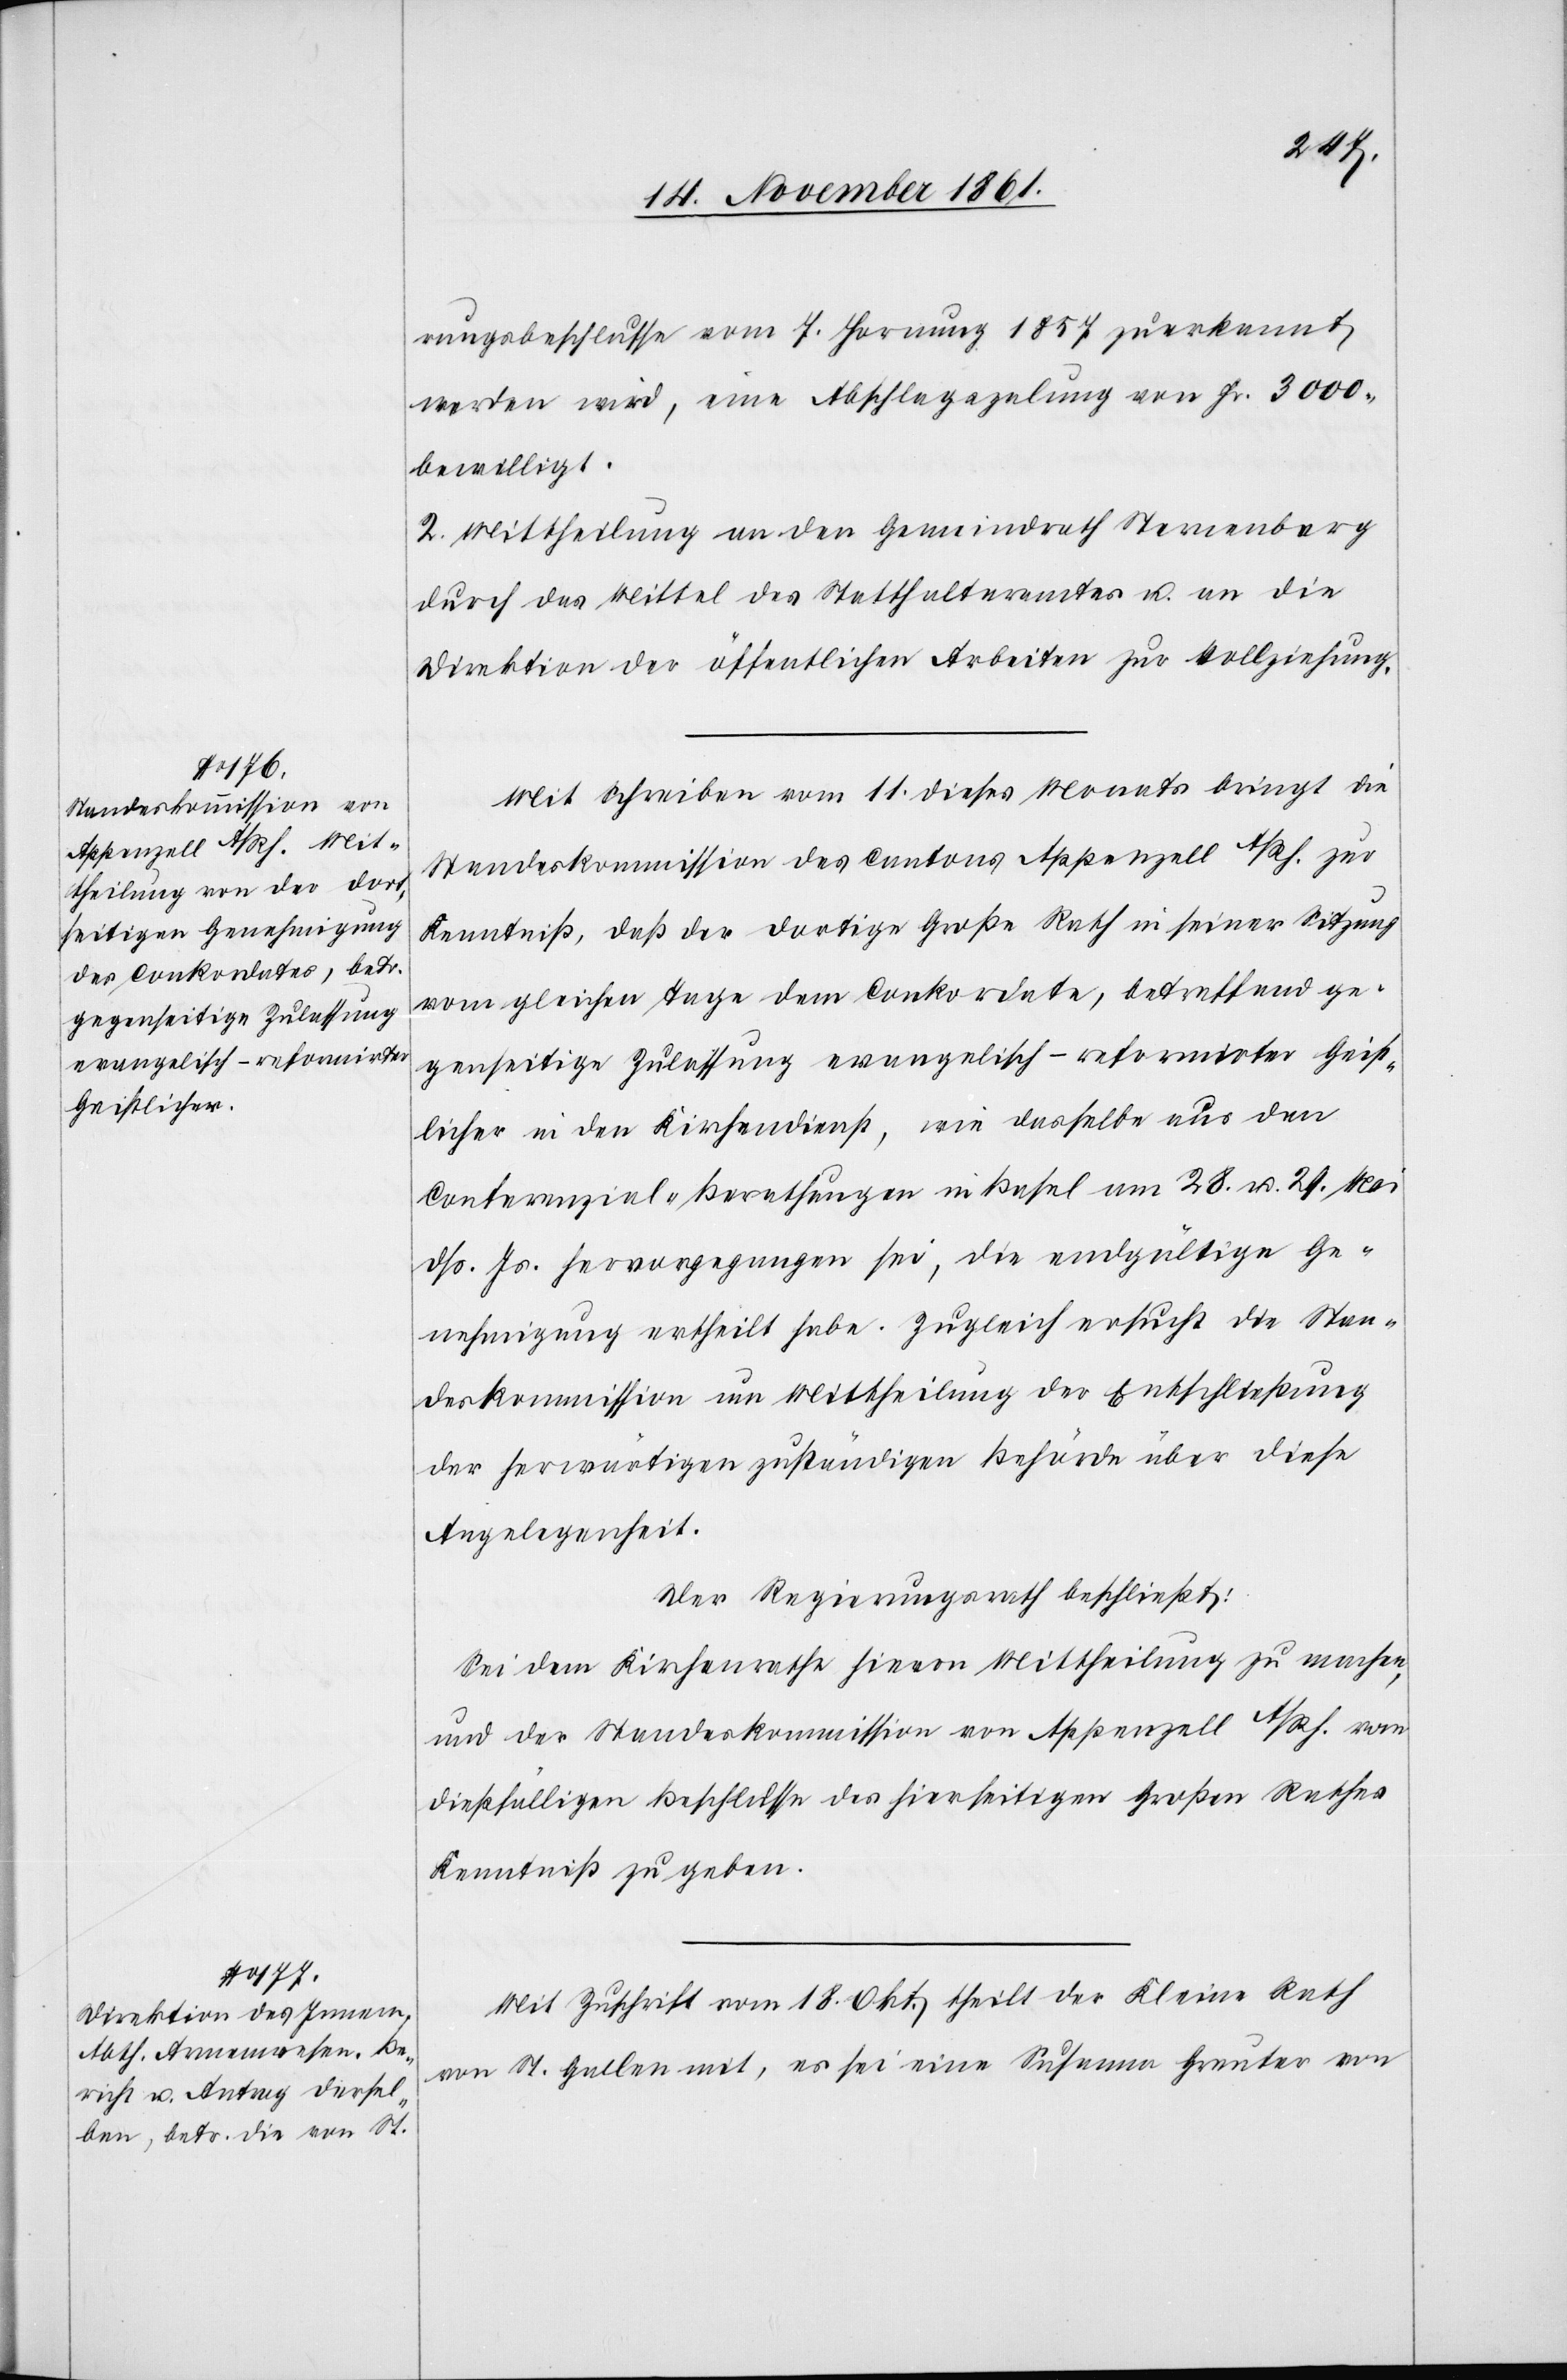
rungsbeschluss vom 7 Hornung 1857 zuerkannt
werden wird, eine Abschlagszalung von Fr. 3000
bewilligt.
2. Mittheilung an den Gemeindrath Sternenberg
durch das Mittel des Statthalteramtes u. an die
Direktion der öffentlichen Arbeiten zur Vollziehung.
Mit Schreiben vom 11 dieses Monats bringt die
Standeskommission des Cantons Appenzell A/Rh. zur
Kenntniß, daß der dortige Große Rath in seiner Sitzung
vom gleichen Tage dem Conkordate, betreffend ge¬
genseitige Zulassung evangelisch-reformirter Geist¬
licher in den Kirchendienst, wie dasselbe aus den
Conferenzial-Berathungen in Basel am 28 u. 29 Mai
dß. Js. hervorgegangen sei, die endgültige Ge¬
nehmigung ertheilt habe. Zugleich ersucht die Stan¬
deskommission um Mittheilung der Entschließung
der herwärtigen zuständigen Behörde über diese
Angelegenheit.
Der Regierungsrath beschließt:
Sei dem Kirchenrathe hievon Mittheilung zu machen,
und der Standeskommission von Appenzell A/Rh. vom
dießfälligen Beschlusse des hierseitigen Großen Rathes
Kenntniß zu geben.
Mit Zuschrift vom 18 Okt. theilt der Kleine Rath
von St. Gallen mit, es sei eine Susanna Greuter von